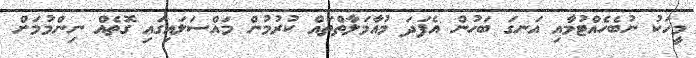
މީހަކު ނުބެހެއްޓުމާއި އަނގަ ބަހުން އެފަދަ މުއާމަލާތްތައް ކުރުމުން މައްސަލައިގައި ގޮތެއް ނިންމުމަށް